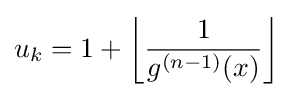
u_{k}=1+\left\lfloor {\frac {1}{g^{(n-1)}(x)}}\right\rfloor